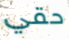
حقي